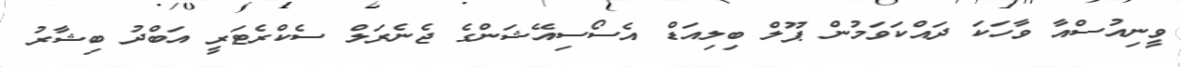
ވީނިއުސްއާ ވާހަކަ ދައްކަވަމުން ޕޫލް ބިލިއަޑް އެސޯސިއޭޝަންގެ ޖެނެރަލް ސެކްރެޓަރީ އަބްދު ބިޝާރު